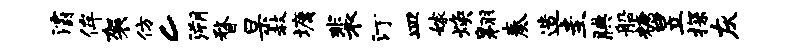
灞侔袈仿c溯瞀杲赦墉裴汀皿嫁焕翱奏造圭腆船糖昱探灰